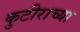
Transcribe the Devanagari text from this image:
कुटीराच्या